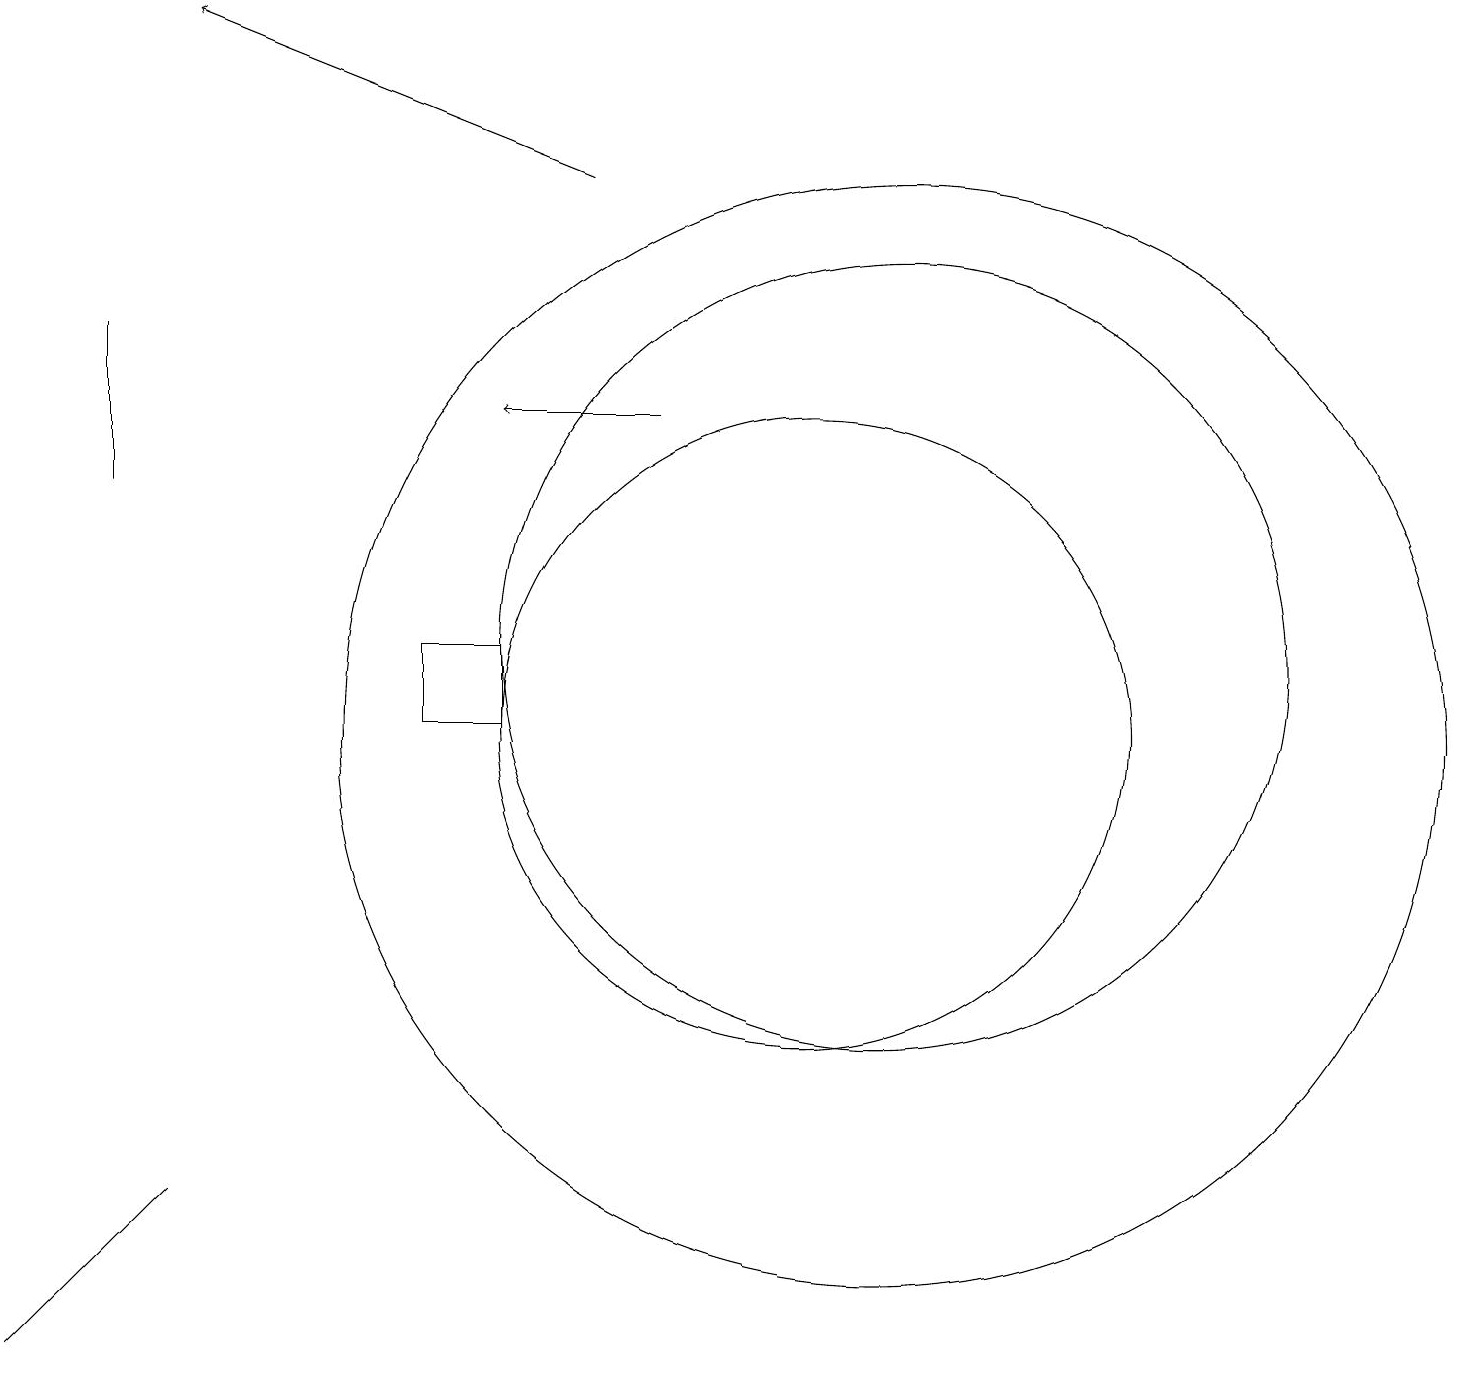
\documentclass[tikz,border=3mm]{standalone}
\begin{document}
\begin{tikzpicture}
\draw (11,11) circle (5);
\draw[->] (7,17) -- (2,19);
\draw (1,3) -- (2,4) -- (0,2) -- cycle;
\draw[->] (8,14) -- (6,14);
\draw (10,10) circle (4);
\draw (5,10) rectangle (6,11);
\draw (1,13) rectangle (1,15);
\draw (11,10) circle (7);
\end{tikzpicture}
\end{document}